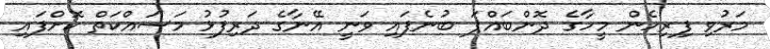
މަރުވި ފިރިހެން މީހާގެ ދޮންބައްޕަ ބުނެފައި ވަނީ އޭނާގެ ދަރިފުޅު މަސައްކަތް ކޮށްފައި